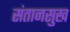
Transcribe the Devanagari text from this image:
संतानसुख